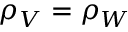
\rho _ { V } = \rho _ { W }